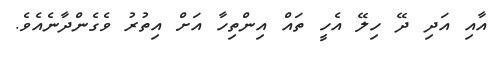
އާއި އަދި ދޭ ހިލޭ އެހީ ތައް އިންތިހާ އަށް އިތުރު ވެގެންދާނެއެވެ.